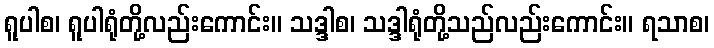
ရူပါစ၊ ရူပါရုံတို့လည်းကောင်း။ သဒ္ဒါစ၊ သဒ္ဒါရုံတို့သည်လည်းကောင်း။ ရသာစ၊